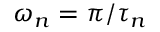
\omega _ { n } = \pi / \tau _ { n }